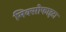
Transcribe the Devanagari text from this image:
मिक्सोफाइटा